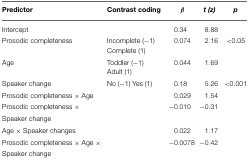
<table><thead><tr><td><b>Predictor</b></td><td><b>Contrast coding</b></td><td><b>β</b></td><td><b><i>t (z)</i></b></td><td><b><i>p</i></b></td></tr></thead><tbody><tr><td>Intercept</td><td></td><td>0.34</td><td>8.88</td><td></td></tr><tr><td>Prosodic completeness</td><td>Incomplete (−1) Complete (1)</td><td>0.074</td><td>2.16</td><td>&lt;0.05</td></tr><tr><td>Age</td><td>Toddler (−1) Adult (1)</td><td>0.044</td><td>1.69</td><td></td></tr><tr><td>Speaker change</td><td>No (−1) Yes (1)</td><td>0.18</td><td>5.26</td><td>&lt;0.001</td></tr><tr><td>Prosodic completeness × Age</td><td></td><td>0.029</td><td>1.54</td><td></td></tr><tr><td>Prosodic completeness × Speaker change</td><td></td><td>−0.010</td><td>−0.31</td><td></td></tr><tr><td>Age × Speaker changes</td><td></td><td>0.022</td><td>1.17</td><td></td></tr><tr><td>Prosodic completeness × Age × Speaker change</td><td></td><td>−0.0078</td><td>−0.42</td><td></td></tr></tbody></table>